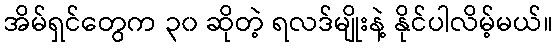
အိမ်ရှင်တွေက ၃၀ ဆိုတဲ့ ရလဒ်မျိုးနဲ့ နိုင်ပါလိမ့်မယ်။